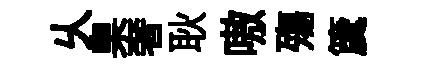
乆臬奢耿嗷殤𥵂